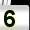
Digit: 5